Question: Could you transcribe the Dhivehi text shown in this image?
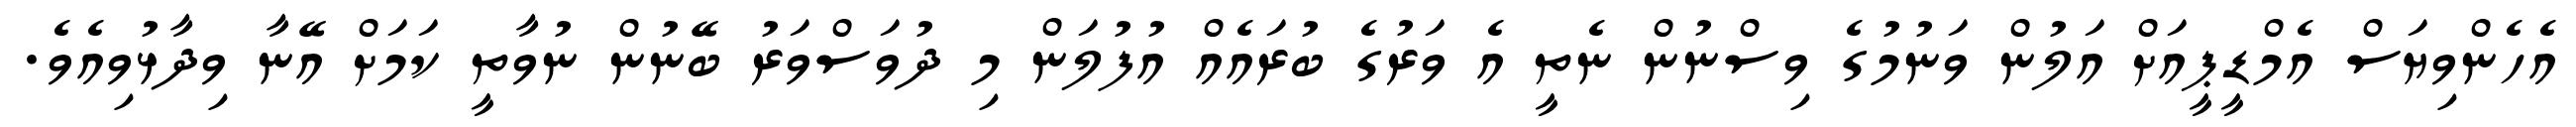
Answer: އެހެންވިޔަސް އެމްޑީޕީއަށް އަލުން ވަނުމުގެ ވިސްނުން ނެތީ އެ ވަރުގެ ބުރައެއް އުފުލަން މި ދުވަސްވަރު ބޭނުން ނުވާތީ ކަމަށް އޭނާ ވިދާޅުވިއެވެ.